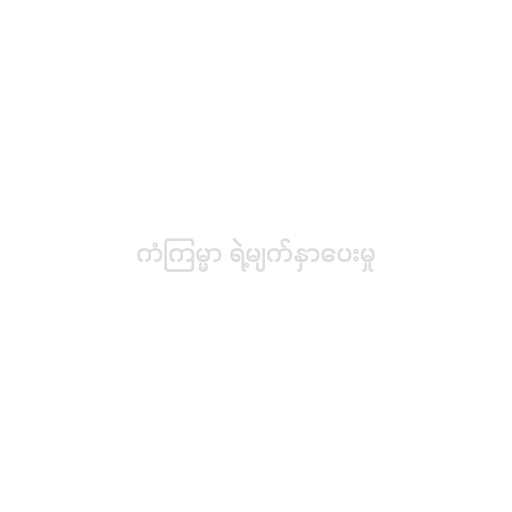
ကံကြမ္မာ ရဲ့မျက်နှာပေးမှု